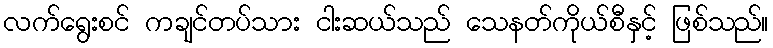
လက်ရွေးစင် ကချင်တပ်သား ငါးဆယ်သည် သေနတ်ကိုယ်စီနှင့် ဖြစ်သည်။